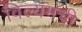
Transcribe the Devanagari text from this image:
विल्यमची